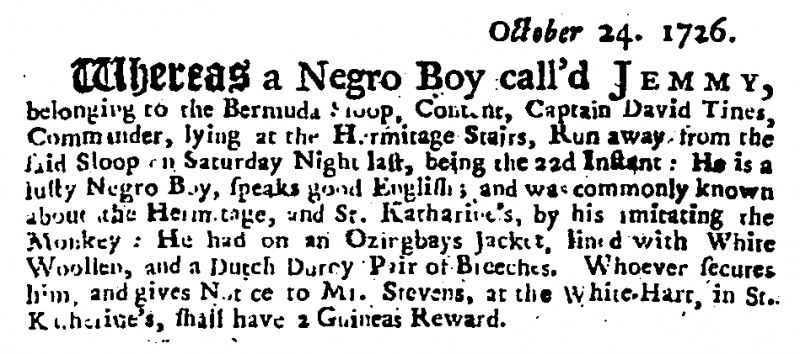
Daily Journal, 24 October 1726 (England)
                                 October 24. 1726.Whereas a Negro Boy call’d J E M M Y, belonging to the Bermuda Sloop, Content, Captain David Tines, Commander, lying at the Hermitage Stairs, Run away from the said Sloop on Saturday Night last, being the 22d Instant: He is a lusty Negro Boy, speaks good English; and was commonly known about the Hermitage, and St. Katharine’s, by his imitating the Monkey: He had on an Ozirgbays Jacket, lined with White Woollen, and a Dutch Duroy Pair of Breeches. Whoever secures him, and gives Notice to Mr. Stevens, at the White-Hart, in St. Katherine’s, shall have 2 Guineas Reward.